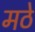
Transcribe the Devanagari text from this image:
मठे